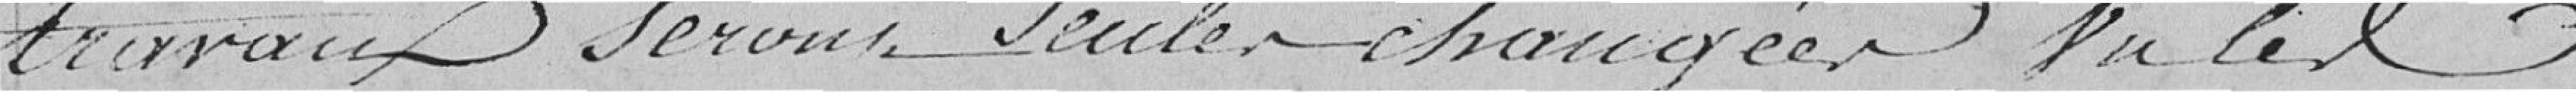
travaux seront seules changées, vu les